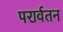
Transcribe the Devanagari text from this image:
परार्वतन